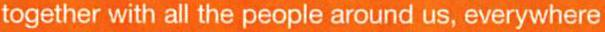
together with all the people around us, everywhere